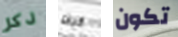
ذكر كيف تكون